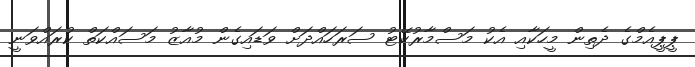
ޕީޕީއެމްގެ ދެތިން މީހަކާއި އެކު މަސްމާރުކޭޓު ސަރަހައްދަށް ވަޑައިގެން މުއާޒު މަސައްކަތް ކުރައްވަނީ